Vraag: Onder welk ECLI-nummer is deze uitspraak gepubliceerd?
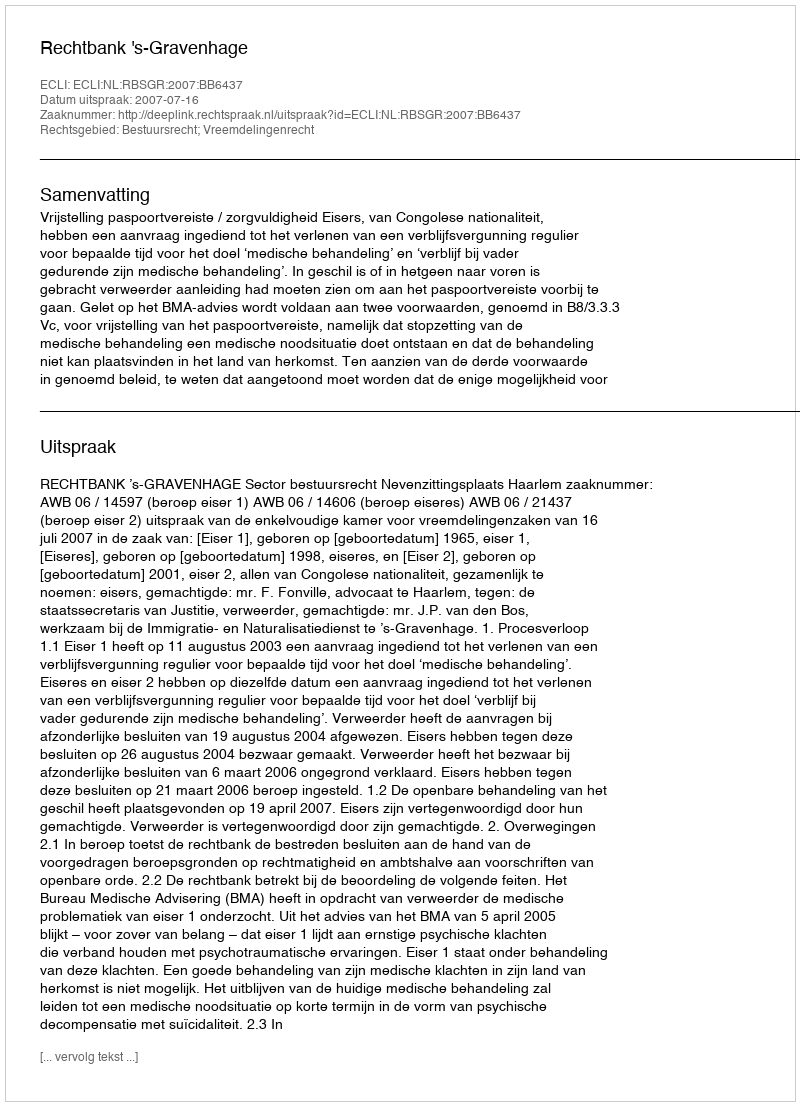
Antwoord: ECLI:NL:RBSGR:2007:BB6437